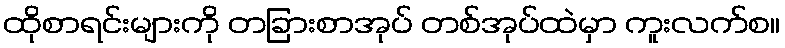
ထိုစာရင်းများကို တခြားစာအုပ် တစ်အုပ်ထဲမှာ ကူးလက်စ။